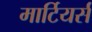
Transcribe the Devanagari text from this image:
मार्टियर्स